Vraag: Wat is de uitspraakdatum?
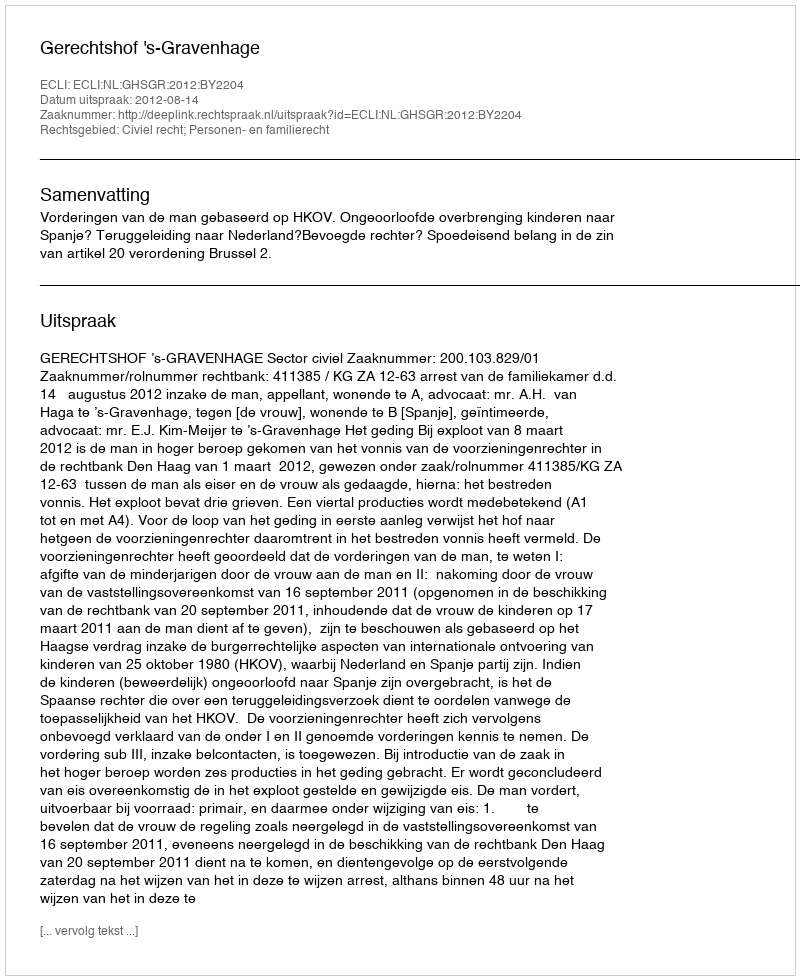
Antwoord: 2012-08-14